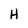
Character: H